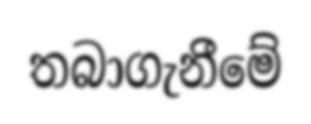
තබාගැනීමේ